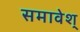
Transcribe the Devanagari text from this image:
समावेश्